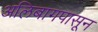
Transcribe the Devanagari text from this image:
अलिबागपासून